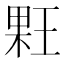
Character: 𰗳